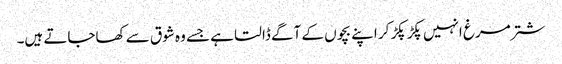
شتر مرغ انہیں پکڑ پکڑ کر اپنے بچوں کے آگے ڈالتا ہے جسے وہ شوق سے کھاجاتے ہیں۔